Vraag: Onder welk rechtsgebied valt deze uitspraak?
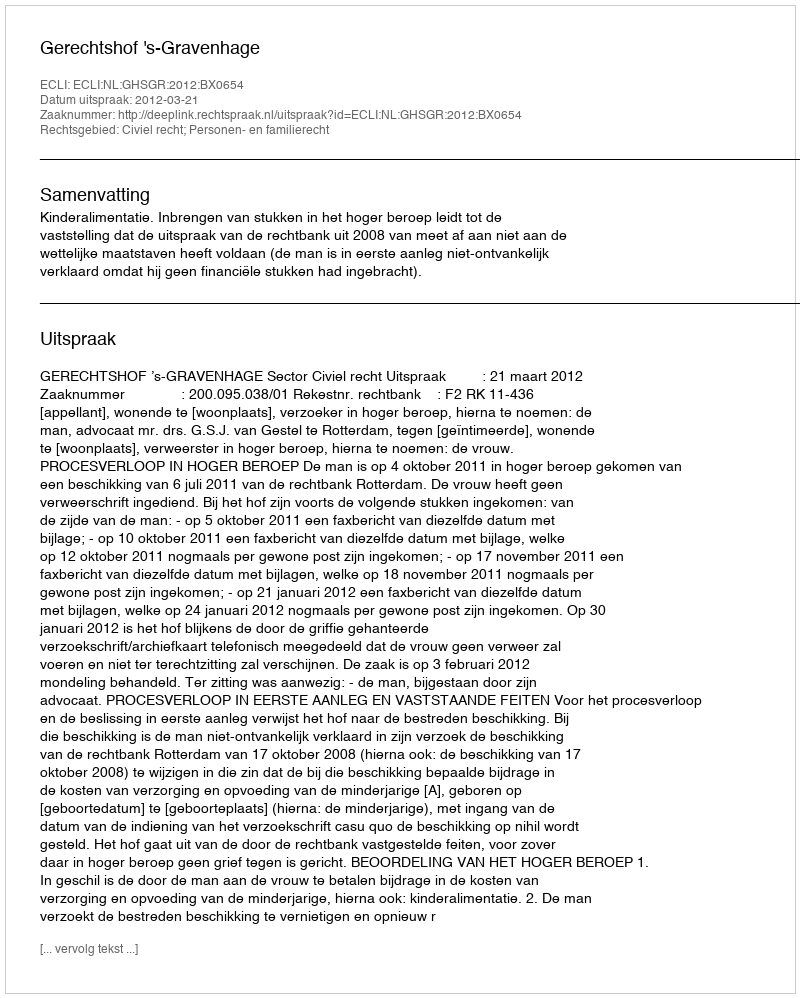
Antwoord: Civiel recht; Personen- en familierecht